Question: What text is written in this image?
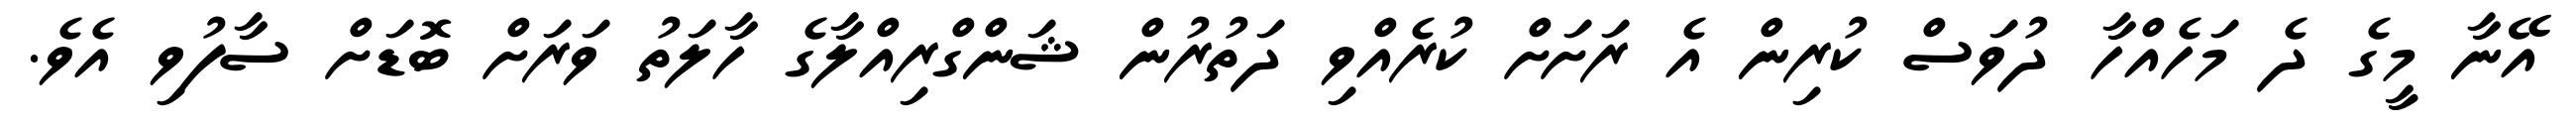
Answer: އޭނާ މީގެ ދެ މަހެއްހާ ދުވަސް ކުރިން އެ ރަށަށް ކުރެއްވި ދަތުރުން ޝަންގްރިއްލާގެ ހާލަތު ވަރަށް ބޮޑަށް ސާފުވި އެވެ.